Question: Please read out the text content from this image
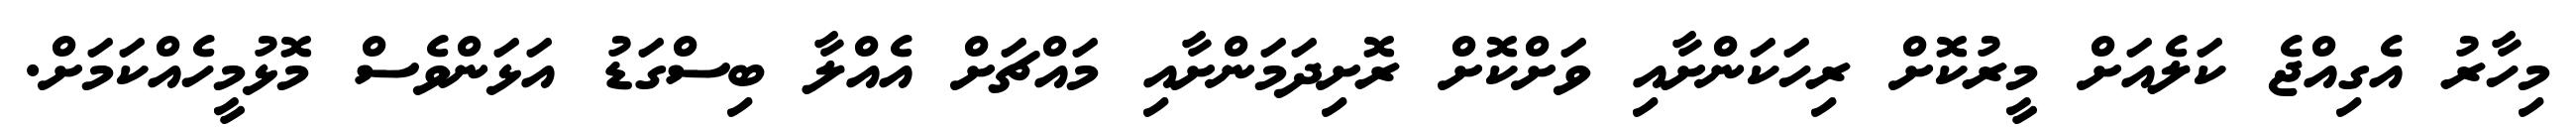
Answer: މިހާރު އެގިއްޖެ ކަލެއަށް މީރުކޮށް ރިހަކަންށާއި ވަށްކޮށް ރޮށިދަމަންށާއި މައްޗަށް އެއްލާ ބިސްގަޑު އަޅަންވެސް މޮޅުމީހެއްކަމަށް.